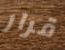
قرار